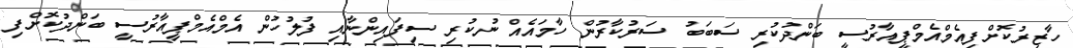
ހާޒިރުކޮށްފިއެމްއެމްޕީއާރުސީ ބަންދުކުރި ސަބަބު ސަރުކާރުން ހާމައެއް ނުކުރި ސިފައިންނާއި ފުލުހުން އެމްއެމްޕީއާރުސީ ބަންދުކޮށްފި